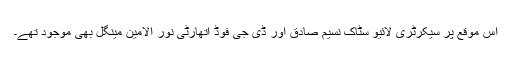
اس موقع پر سیکرٹری لائیو سٹاک نسیم صادق اور ڈی جی فوڈ اتھارٹی نور الامین مینگل بھی موجود تھے۔